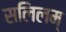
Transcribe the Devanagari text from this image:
सलिलम्